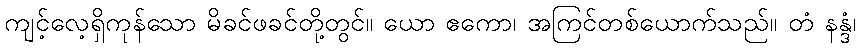
ကျင့်လေ့ရှိကုန်သော မိခင်ဖခင်တို့တွင်။ ယော ဧကော၊ အကြင်တစ်ယောက်သည်။ တံ နန္ဒံ၊